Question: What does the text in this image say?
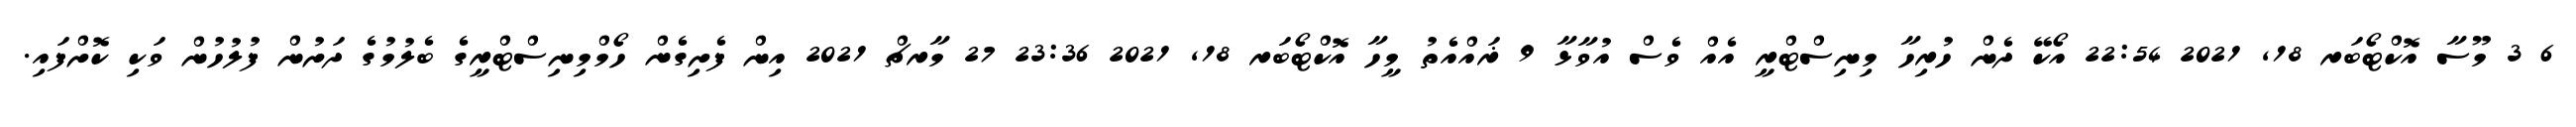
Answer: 6 3 މޫސާ އޮކްޓޯބަރ 18, 2021 22:54 އޯކޭ ދެން ހުރިހާ މިނިސްޓްރީ އެއް ވެސް އުވާޅާ 9 ޜައްއެތު މީހާ އޮކްޓޯބަރ 18, 2021 23:36 27 މާރޗް 2021 އިން ފެށިގެން ހޯމްމިނިސްޓްރީގެ ބެލުމުގެ ދަށުން ފުލުހުން ވަކި ކޮށްފައި.